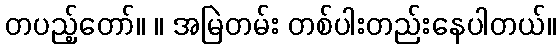
တပည့်တော်။ ။ အမြဲတမ်း တစ်ပါးတည်းနေပါတယ်။